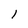
Character: l